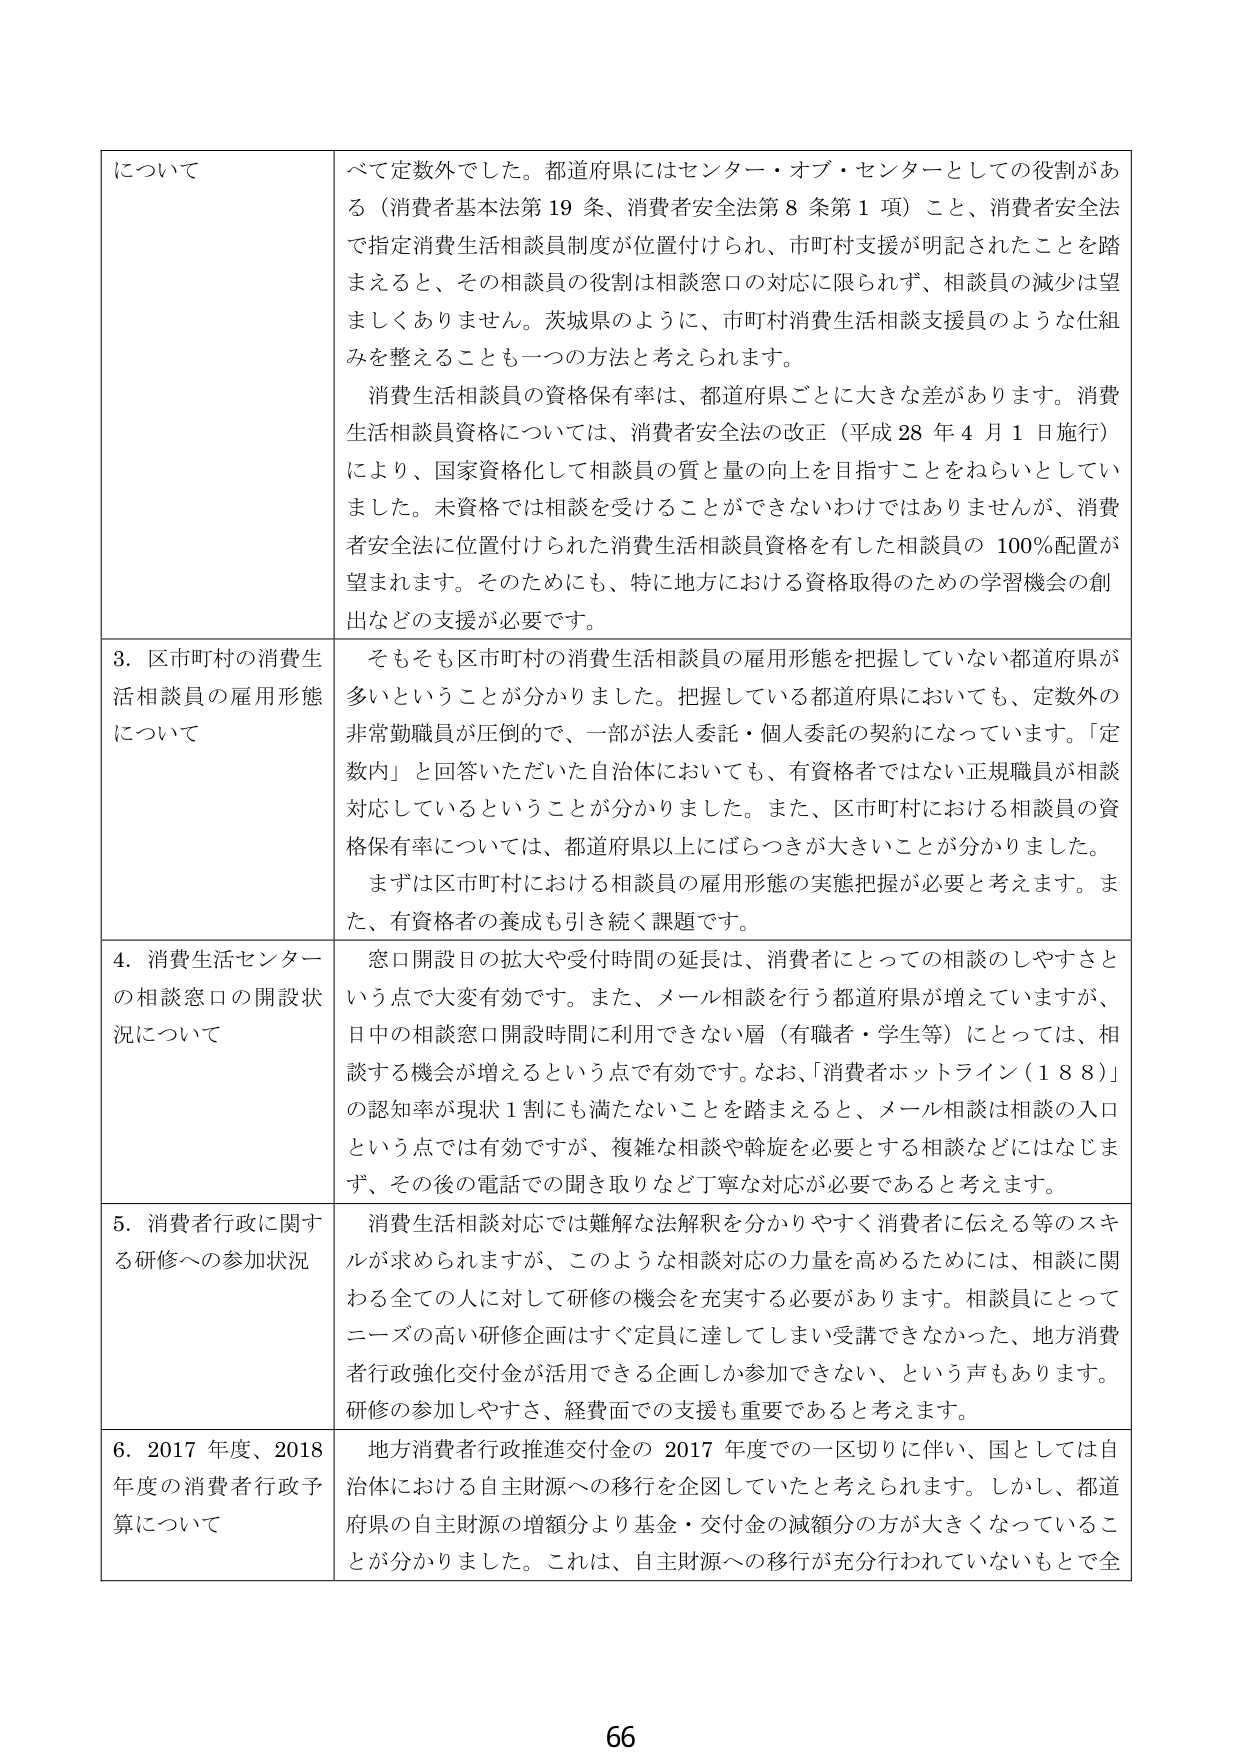
について
べて定数外でした。都道府県にはセンター・オブ・センターとしての役割がある（消費者基本法第19条、消費者安全法第8条第1項）こと、消費者安全法で指定消費生活相談員制度が位置付けられ、市町村支援が明記されたことを踏まえると、その相談員の役割は相談窓口の対応に限られず、相談員の減少は望ましくありません。茨城県のように、市町村消費生活相談支援員のような仕組みを整えることも一つの方法と考えられます。
消費生活相談員の資格保有率は、都道府県ごとに大きな差があります。消費生活相談員資格については、消費者安全法の改正（平成28年4月1日施行）により、国家資格化して相談員の質と量の向上を目指すことをねらいとしていました。未資格では相談を受けることができないわけではありませんが、消費者安全法に位置付けられた消費生活相談員資格を有した相談員の100％配置が望まれます。そのためにも、特に地方における資格取得のための学習機会の創出などの支援が必要です。
3．区市町村の消費生活相談員の雇用形態について
そもそも区市町村の消費生活相談員の雇用形態を把握していない都道府県が多いということが分かりました。把握している都道府県においても、定数外の非常勤職員が圧倒的で、一部が法人委託・個人委託の契約になっています。「定数内」と回答いただいた自治体においても、有資格者ではない正規職員が相談対応しているということが分かりました。また、区市町村における相談員の資格保有率については、都道府県以上にばらつきが大きいことが分かりました。
まずは区市町村における相談員の雇用形態の実態把握が必要と考えます。また、有資格者の養成も引き続く課題です。
4．消費生活センターの相談窓口の開設状況について
窓口開設日の拡大や受付時間の延長は、消費者にとっての相談のしやすさという点で大変有効です。また、メール相談を行う都道府県が増えていますが、日中の相談窓口開設時間に利用できない層（有職者・学生等）にとっては、相談する機会が増えるという点で有効です。なお、「消費者ホットライン（188）」の認知率が現状1割にも満たないことを踏まえると、メール相談は相談の入口という点では有効ですが、複雑な相談や斡旋を必要とする相談などにはなじまず、その後の電話での聞き取りなど丁寧な対応が必要であると考えます。
5．消費者行政に関する研修への参加状況
消費生活相談対応では難解な法解釈を分かりやすく消費者に伝える等のスキルが求められますが、このような相談対応の力量を高めるためには、相談に関わる全ての人に対して研修の機会を充実する必要があります。相談員にとってニーズの高い研修企画はすぐ定員に達してしまい受講できなかった、地方消費者行政強化交付金が活用できる企画しか参加できない、という声もあります。研修の参加しやすさ、経費面での支援も重要であると考えます。
6．2017年度、2018年度の消費者行政予算について
地方消費者行政推進交付金の2017年度での一区切りに伴い、国としては自治体における自主財源への移行を企図していたと考えられます。しかし、都道府県の自主財源の増額分より基金・交付金の減額分の方が大きくなっていることが分かりました。これは、自主財源への移行が充分行われていないもとで全
66